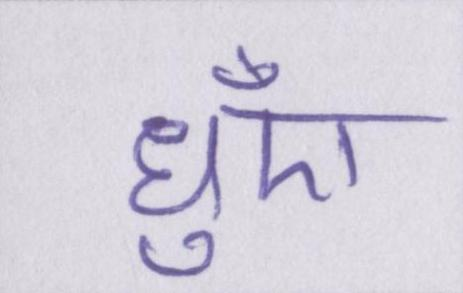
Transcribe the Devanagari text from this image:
धुँए